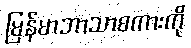
မြန်မာဘာသာစကားကို